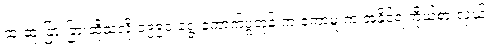
ထူးထူးခြားခြားဆိုသလို ၁၉၉၀ ရွေးကောက်ပွဲတုန်းက ကော့မှူးက အနိုင်ရ ကိုယ်စားလှယ်